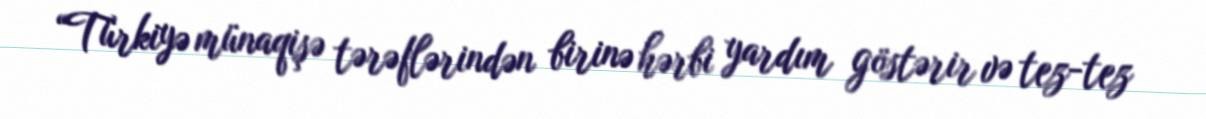
“Türkiyə münaqişə tərəflərindən birinə hərbi yardım göstərir və tez-tez